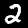
Label: 2